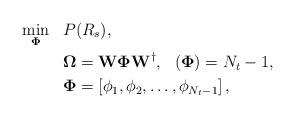
LaTeX: \begin{align*}\min_{\mathbf{\Phi}}~~&P(R_s),\\ ~~& \mathbf{\Omega} = \mathbf{W}\mathbf{\Phi}\mathbf{W}^{\dag}, ~~(\mathbf{\Phi}) = N_t-1,\\& \mathbf{\Phi} = \left[\phi_1, \phi_2, \dots, \phi_{N_t-1}\right],\end{align*}